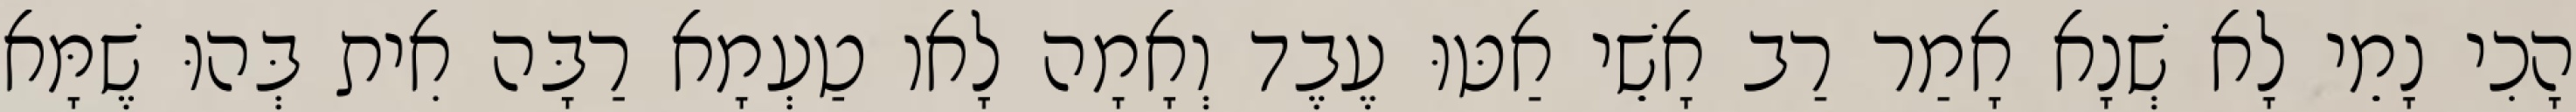
הָכִי נָמֵי לָא שְׁנָא אָמַר רַב אָשֵׁי אַטּוּ עֶבֶד וְאָמָה לָאו טַעְמָא רַבָּה אִית בְּהוּ שֶׁמָּא